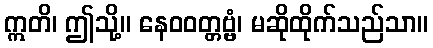
ဣတိ၊ ဤသို့။ နေဝဝတ္တဗ္ဗံ၊ မဆိုထိုက်သည်သာ။